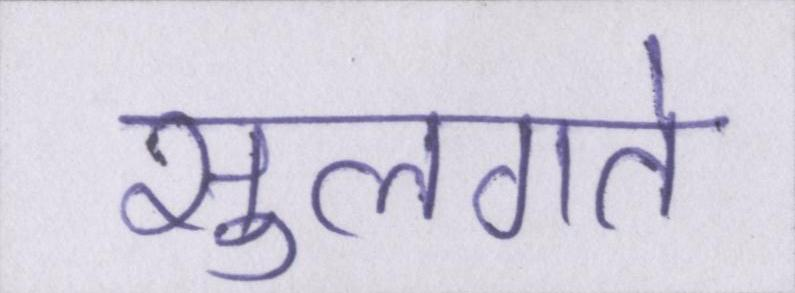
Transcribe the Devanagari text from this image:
सुलगते